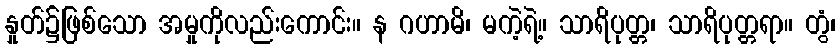
နှုတ်၌ဖြစ်သော အမှုကိုလည်းကောင်း။ န ဂဟာမိ၊ မကဲ့ရဲ့။ သာရိပုတ္တ၊ သာရိပုတ္တရာ။ တွံ၊